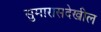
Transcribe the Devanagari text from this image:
सुमारासदेखील